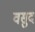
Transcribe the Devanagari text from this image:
वसुद